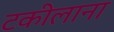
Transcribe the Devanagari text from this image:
टकीलाना